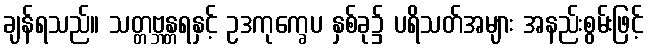
ချန်ရသည်။ သတ္တဗ္ဘန္တရနှင့် ဥဒကုက္ခေပ နှစ်ခု၌ ပရိသတ်အများ အနည်းစွမ်းဖြင့်